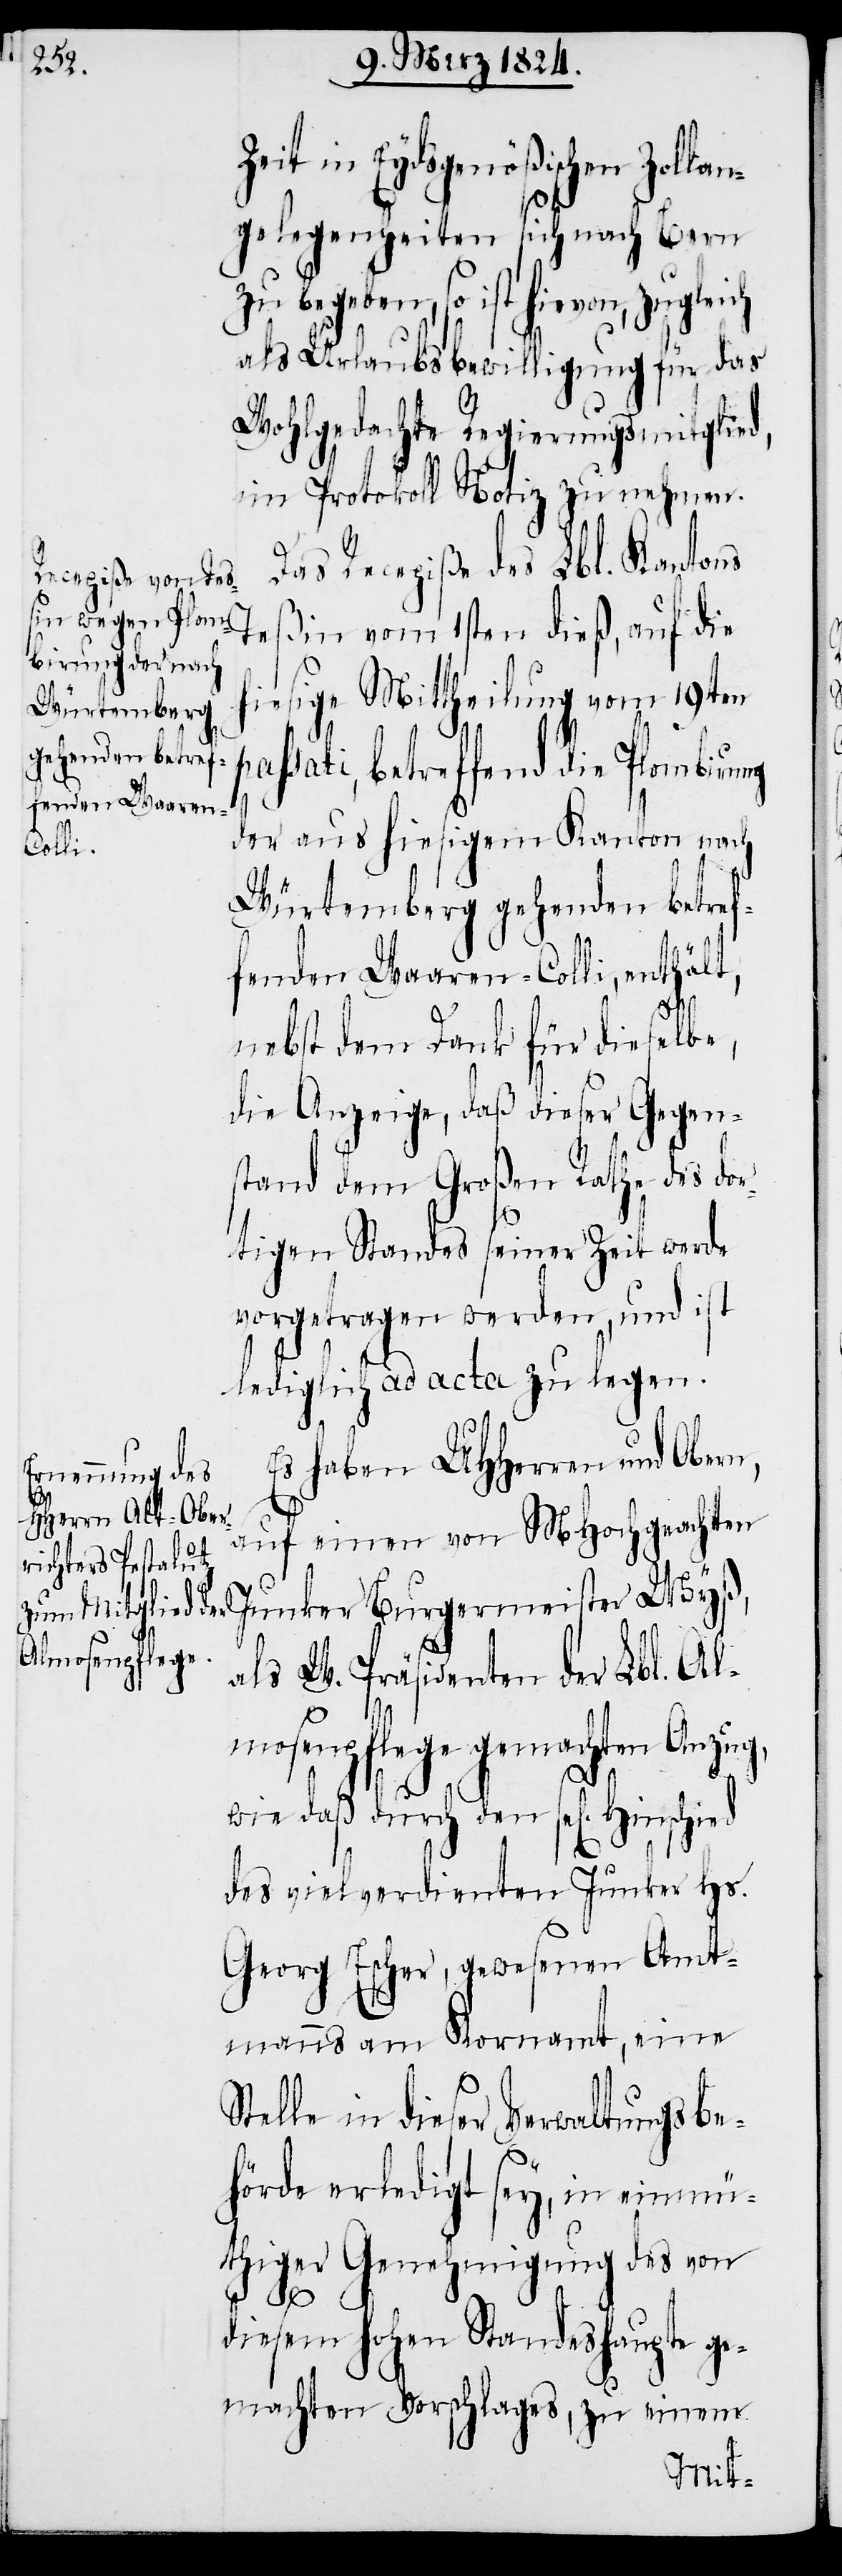
Hinschied

in Eydsgenößischen Zolla¬
ngelegenheiten sich nach Bern
zu begeben, so ist hievon,
als Urlaubsbewilligung für das
Wohlderselbe Regierungsmitglied,
im Protokoll Notiz zu nehmen.
Das Recepiße des Lbl. Kantons
ßin vom 1sten dieß, auf die
Te¬
hiesige Mittheilung vom 19ten
passati, betreffend die Plombirung
der aus hiesigem Kanton nach
Würtemberg gehenden betref¬
fenden Waaren-Colli, enthält,
nebst dem Dank für dieselbe,
die Anzeige, daß dieser Gegen¬
stand dem Großen Rathe des dor¬
tigen Standes seiner Zeit werde
vorgetragen werden, und ist
lediglich ad acta zu legen.
Es haben UHHerren und Obern,
auf einen von MHochgeachten
Junker Burgermeister Wyß,
als W. Präsident der Lbl. Al¬
mosenpflege gemachten Anzug,
wie daß durch den sel[igen]
des vielverdienten Junker Hs.
Georg Escher, gewesenen Amt¬
manns am Kornamt, eine
Stelle in dieser Verwaltungsbe¬
hörde erledigt sey, in einmü¬
thiger Genehmigung des von
diesem hohen Standeshaupte ge¬
machten Vorschlages, zu einem